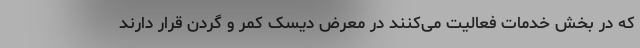
که در بخش خدمات فعالیت می‌کنند در معرض دیسک کمر و گردن قرار دارند